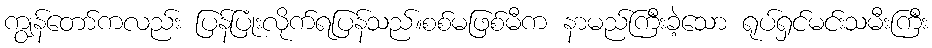
ကျွန်တော်ကလည်း ပြန်ပြုံးလိုက်ရပြန်သည်။စစ်မဖြစ်မီက နာမည်ကြီးခဲ့သော ရုပ်ရှင်မင်းသမီးကြီး